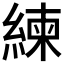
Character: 練